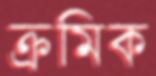
ক্রমিক